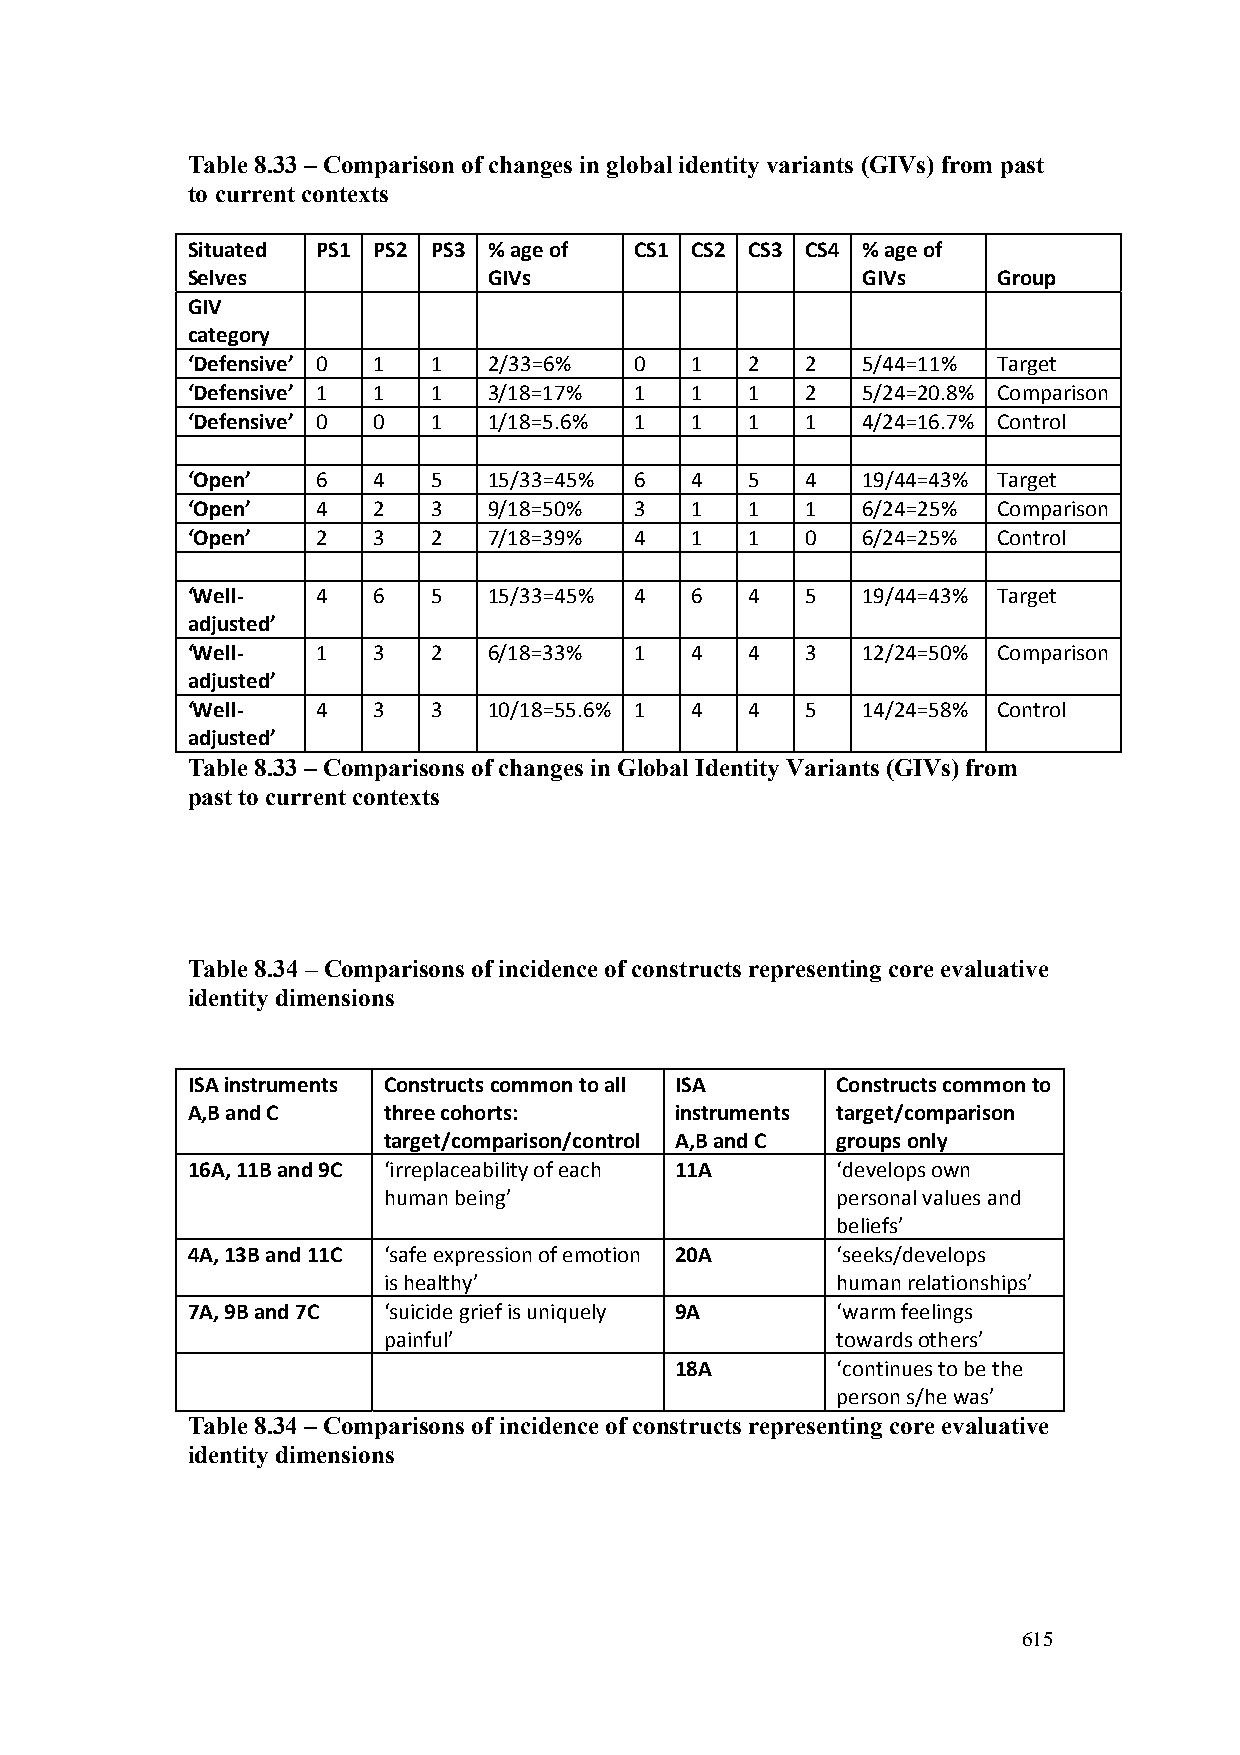
Table 8.33 – Comparison of changes in global identity variants (GIVs) from past
 to current contexts
 Situated PS1 PS2 PS3 % age of CS1 CS2 CS3 CS4 % age of
 Selves              GIVs                     GIVs     Group
 GIV
 category
 ‘Defensive’ 0 1 1   2/33=6%   0   1   2  2   5/44=11% Target
 ‘Defensive’ 1 1 1   3/18=17%  1   1   1  2   5/24=20.8% Comparison
 ‘Defensive’ 0 0 1   1/18=5.6% 1   1   1  1   4/24=16.7% Control
 ‘Open’   6   4  5   15/33=45% 6   4   5  4   19/44=43% Target
 ‘Open’   4   2  3   9/18=50%  3   1   1  1   6/24=25% Comparison
 ‘Open’   2   3  2   7/18=39%  4   1   1  0   6/24=25% Control
 ‘Well‐   4   6  5   15/33=45% 4   6   4  5   19/44=43% Target
 adjusted’
 ‘Well‐   1   3  2   6/18=33%  1   4   4  3   12/24=50% Comparison
 adjusted’
 ‘Well‐   4   3  3   10/18=55.6% 1 4   4  5   14/24=58% Control
 adjusted’
 Table 8.33 – Comparisons of changes in Global Identity Variants (GIVs) from
 past to current contexts
 Table 8.34 – Comparisons of incidence of constructs representing core evaluative
 identity dimensions
 ISA instruments Constructs common to all ISA Constructs common to
 A,B and C    three cohorts:      instruments target/comparison
 target/comparison/control A,B and C groups only
 16A, 11B and 9C ‘irreplaceability of each 11A ‘develops own
 human being’                  personal values and
 beliefs’
 4A, 13B and 11C ‘safe expression of emotion 20A ‘seeks/develops
 is healthy’                   human relationships’
 7A, 9B and 7C ‘suicide grief is uniquely 9A ‘warm feelings
 painful’                      towards others’
 18A       ‘continues to be the
 person s/he was’
 Table 8.34 – Comparisons of incidence of constructs representing core evaluative
 identity dimensions
 615